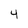
Character: 4